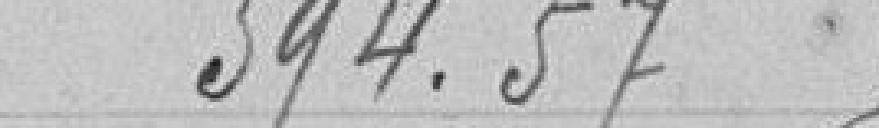
594.57